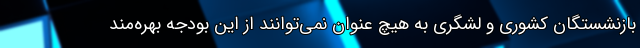
بازنشستگان کشوری و لشگری به هیچ عنوان نمی‌توانند از این بودجه بهره‌مند